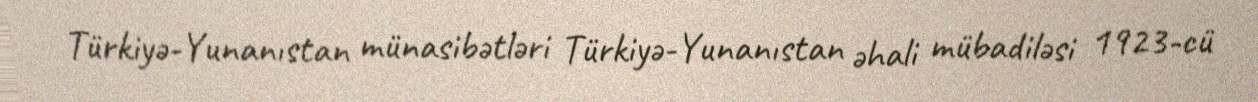
Türkiyə-Yunanıstan münasibətləri Türkiyə-Yunanıstan əhali mübadiləsi 1923-cü